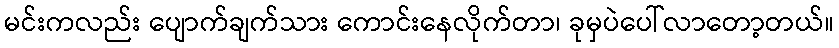
မင်းကလည်း ပျောက်ချက်သား ကောင်းနေလိုက်တာ၊ ခုမှပဲပေါ်လာတော့တယ်။